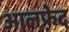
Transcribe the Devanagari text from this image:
आलफ़्रेद